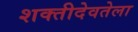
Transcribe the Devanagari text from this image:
शक्तीदेवतेला